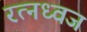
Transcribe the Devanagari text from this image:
रत्नध्वज